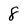
Character: 8